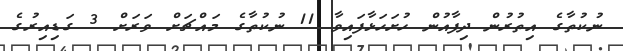
ނުކުތާގެ އިތުރުން ދިފާއުން ހުށަހަޅާފައިވާ 11 ނުކުތާގެ މައްޗަށް ވަރަށް 3 ގަޑިއިރުގެ